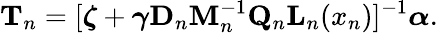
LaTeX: \mathbf{T}_{n}=[\boldsymbol\zeta+\boldsymbol\gamma\mathbf{D}_{n}\mathbf{M}_{n}^{-1}\mathbf{Q}_{n}\mathbf{L}_{n}(x_{n})]^{-1}\boldsymbol\alpha.